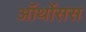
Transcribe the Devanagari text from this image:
ऑर्थोसस